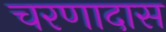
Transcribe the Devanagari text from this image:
चरणादास